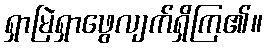
ရှာမြဲရှာဖွေလျက်ရှိကြ၏။